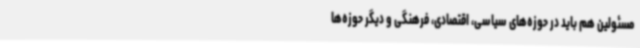
مسئولین هم باید در حوزه‌های سیاسی، اقتصادی، فرهنگی و دیگر حوزه‌ها